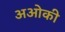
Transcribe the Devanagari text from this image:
अओकी